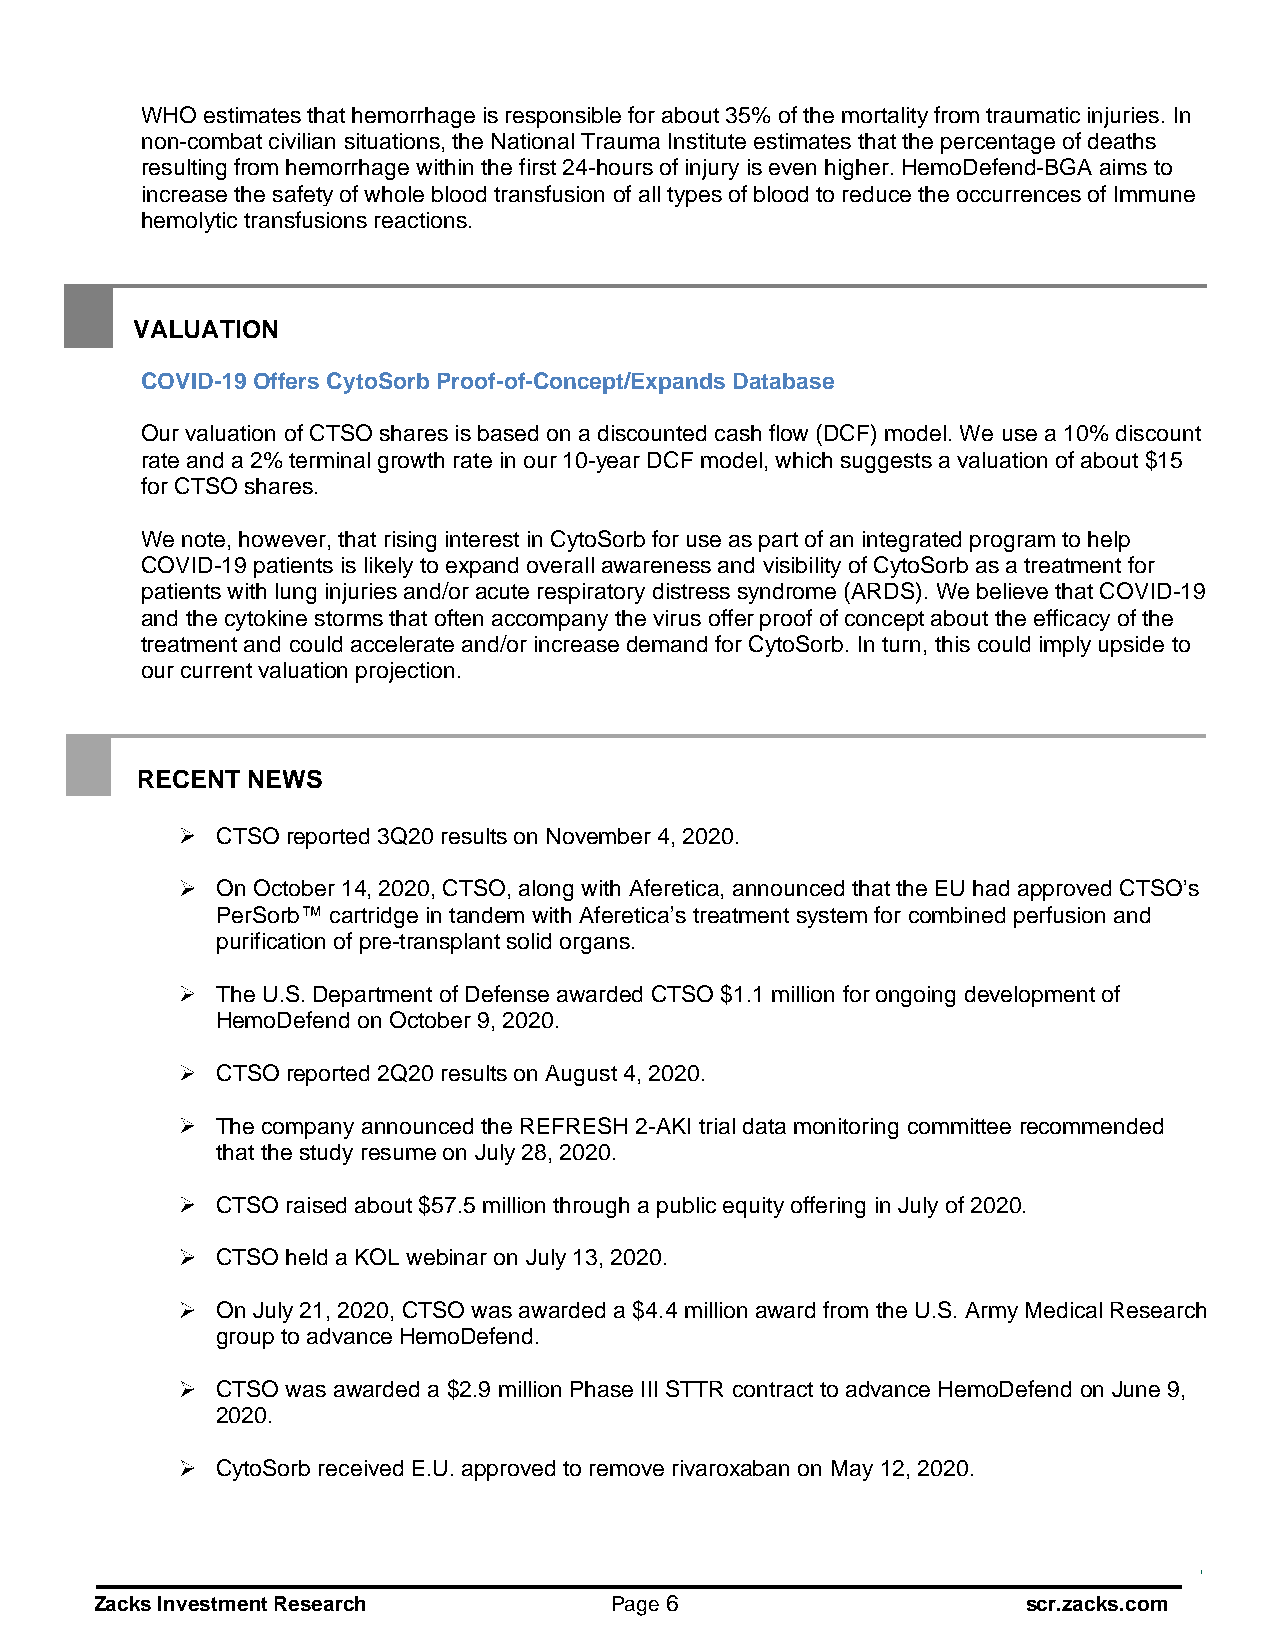
WHO estimates that hemorrhage is responsible for about 35% of the mortality from traumatic injuries. In
 non-combat civilian situations, the National Trauma Institute estimates that the percentage of deaths
 resulting from hemorrhage within the first 24-hours of injury is even higher. HemoDefend-BGA aims to
 increase the safety of whole blood transfusion of all types of blood to reduce the occurrences of Immune
 hemolytic transfusions reactions.
 VALUATION
 COVID-19 Offers CytoSorb Proof-of-Concept/Expands Database
 Our valuation of CTSO shares is based on a discounted cash flow (DCF) model. We use a 10% discount
 rate and a 2% terminal growth rate in our 10-year DCF model, which suggests a valuation of about $15
 for CTSO shares.
 We note, however, that rising interest in CytoSorb for use as part of an integrated program to help
 COVID-19 patients is likely to expand overall awareness and visibility of CytoSorb as a treatment for
 patients with lung injuries and/or acute respiratory distress syndrome (ARDS). We believe that COVID-19
 and the cytokine storms that often accompany the virus offer proof of concept about the efficacy of the
 treatment and could accelerate and/or increase demand for CytoSorb. In turn, this could imply upside to
 our current valuation projection.
 RECENT NEWS
 CTSO reported 3Q20 results on November 4, 2020.
 On October 14, 2020, CTSO, along with Aferetica, announced that the EU had approved CTSOs
 PerSorb cartridge in tandem with Afereticas treatment system for combined perfusion and
 purification of pre-transplant solid organs.
 The U.S. Department of Defense awarded CTSO $1.1 million for ongoing development of
 HemoDefend on October 9, 2020.
 CTSO reported 2Q20 results on August 4, 2020.
 The company announced the REFRESH 2-AKI trial data monitoring committee recommended
 that the study resume on July 28, 2020.
 CTSO raised about $57.5 million through a public equity offering in July of 2020.
 CTSO held a KOL webinar on July 13, 2020.
 On July 21, 2020, CTSO was awarded a $4.4 million award from the U.S. Army Medical Research
 group to advance HemoDefend.
 CTSO was awarded a $2.9 million Phase III STTR contract to advance HemoDefend on June 9,
 2020.
 CytoSorb received E.U. approved to remove rivaroxaban on May 12, 2020.
 Zacks Investment Research         Page 6                      scr.zacks.com